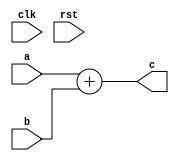

module conf_int_add__noFF__arch_agnos( clk, rst, a, b, c
 );
//--- parameters
//parameter BT_RND = 0
parameter OP_BITWIDTH = 16; //operator bit width
parameter DATA_PATH_BITWIDTH = 16; //flip flop Bit width


//--- input,outputs
input clk;
input rst;
input [DATA_PATH_BITWIDTH -1:0] a;
input [DATA_PATH_BITWIDTH-1:0] b;
output [DATA_PATH_BITWIDTH-1:0] c;


////---F: Ripple Cary Adder deisng
////module test ripple_adder_4bit; 
//wire Cout;
// // Instantiate the Unit Under Test (UUT)
//ripple_adder_4bit uut (
//  .Sum(c[3:0]), 
//  .Cout(Cout), 
//  .A(a[3:0]), 
//  .B(b[3:0]), 
//  .Cin(a[0])
// );



//--- no flop design
assign c = a + b;

/*
//--- regs, wires
reg [DATA_PATH_BITWIDTH-1:0]  reg_c;
wire [OP_BITWIDTH -1 : 0]w_c;
reg [DATA_PATH_BITWIDTH -1:0]  reg_a;
reg [DATA_PATH_BITWIDTH -1:0]  reg_b;


//--- design
acc_int_add #(OP_BITWIDTH) u0_ac (reg_a[DATA_PATH_BITWIDTH -1: DATA_PATH_BITWIDTH - OP_BITWIDTH], reg_b[DATA_PATH_BITWIDTH -1: DATA_PATH_BITWIDTH - OP_BITWIDTH], w_c);

always @(posedge clk or negedge rst)
begin
  if (~rst)
  begin
    reg_a <= 0;
    reg_b <= 0;
  end
  else 
  begin
      reg_a <= a;
      reg_b <= b;
  end
end

always @(posedge clk or negedge rst)
begin
  if (~rst)
  begin
    reg_c <= #0.1 0;
  end
  else 
  begin
    reg_c[DATA_PATH_BITWIDTH-1: DATA_PATH_BITWIDTH-OP_BITWIDTH] <= w_c;
  end
end

assign c = reg_c; 

*/
endmodule